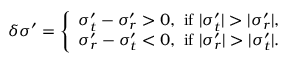
\delta \sigma ^ { \prime } = \left\{ \begin{array} { l } { \sigma _ { t } ^ { \prime } - \sigma _ { r } ^ { \prime } > 0 \mathrm { , ~ i f ~ } | \sigma _ { t } ^ { \prime } | > | \sigma _ { r } ^ { \prime } | , } \\ { \sigma _ { r } ^ { \prime } - \sigma _ { t } ^ { \prime } < 0 \mathrm { , ~ i f ~ } | \sigma _ { r } ^ { \prime } | > | \sigma _ { t } ^ { \prime } | . } \end{array} \right.